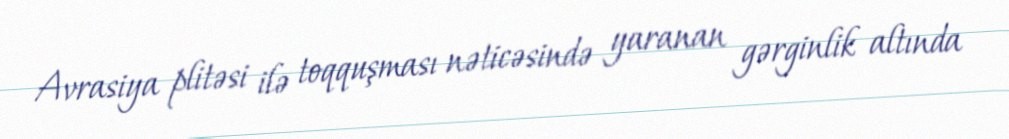
Avrasiya plitəsi ilə toqquşması nəticəsində yaranan gərginlik altında